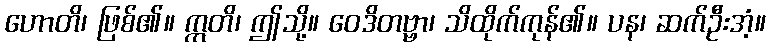
ဟောတိ၊ ဖြစ်၏။ ဣတိ၊ ဤသို့။ ဝေဒိတဗ္ဗာ၊ သိထိုက်ကုန်၏။ ပန၊ ဆက်ဦးအံ့။